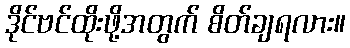
ဒိုင်ဗင်ထိုးဖို့အတွက် စိတ်ချရလား။